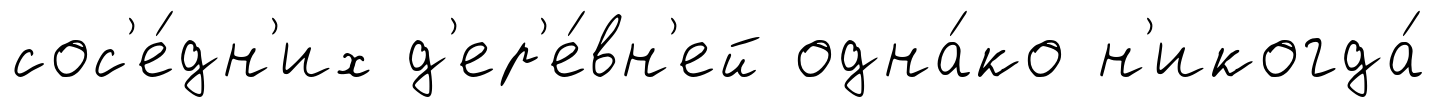
сос'е́дн'их д'ер'е́вн'ей одна́ко н'икогда́